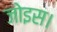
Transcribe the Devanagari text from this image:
जोइस।